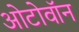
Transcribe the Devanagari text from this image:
ओटोवॉन